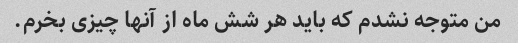
من متوجه نشدم که باید هر شش ماه از آنها چیزی بخرم.